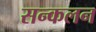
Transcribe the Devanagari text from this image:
सन्कलन